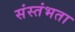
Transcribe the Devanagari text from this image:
संस्तंभता